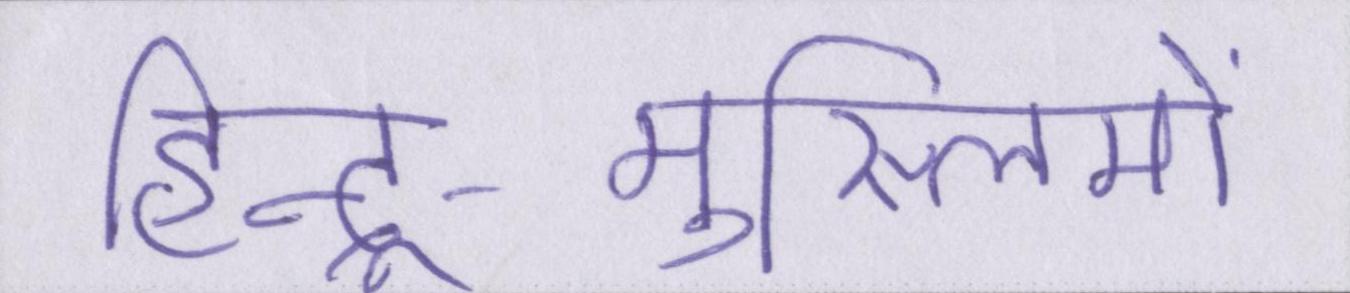
हिन्दू-मुस्लिमों